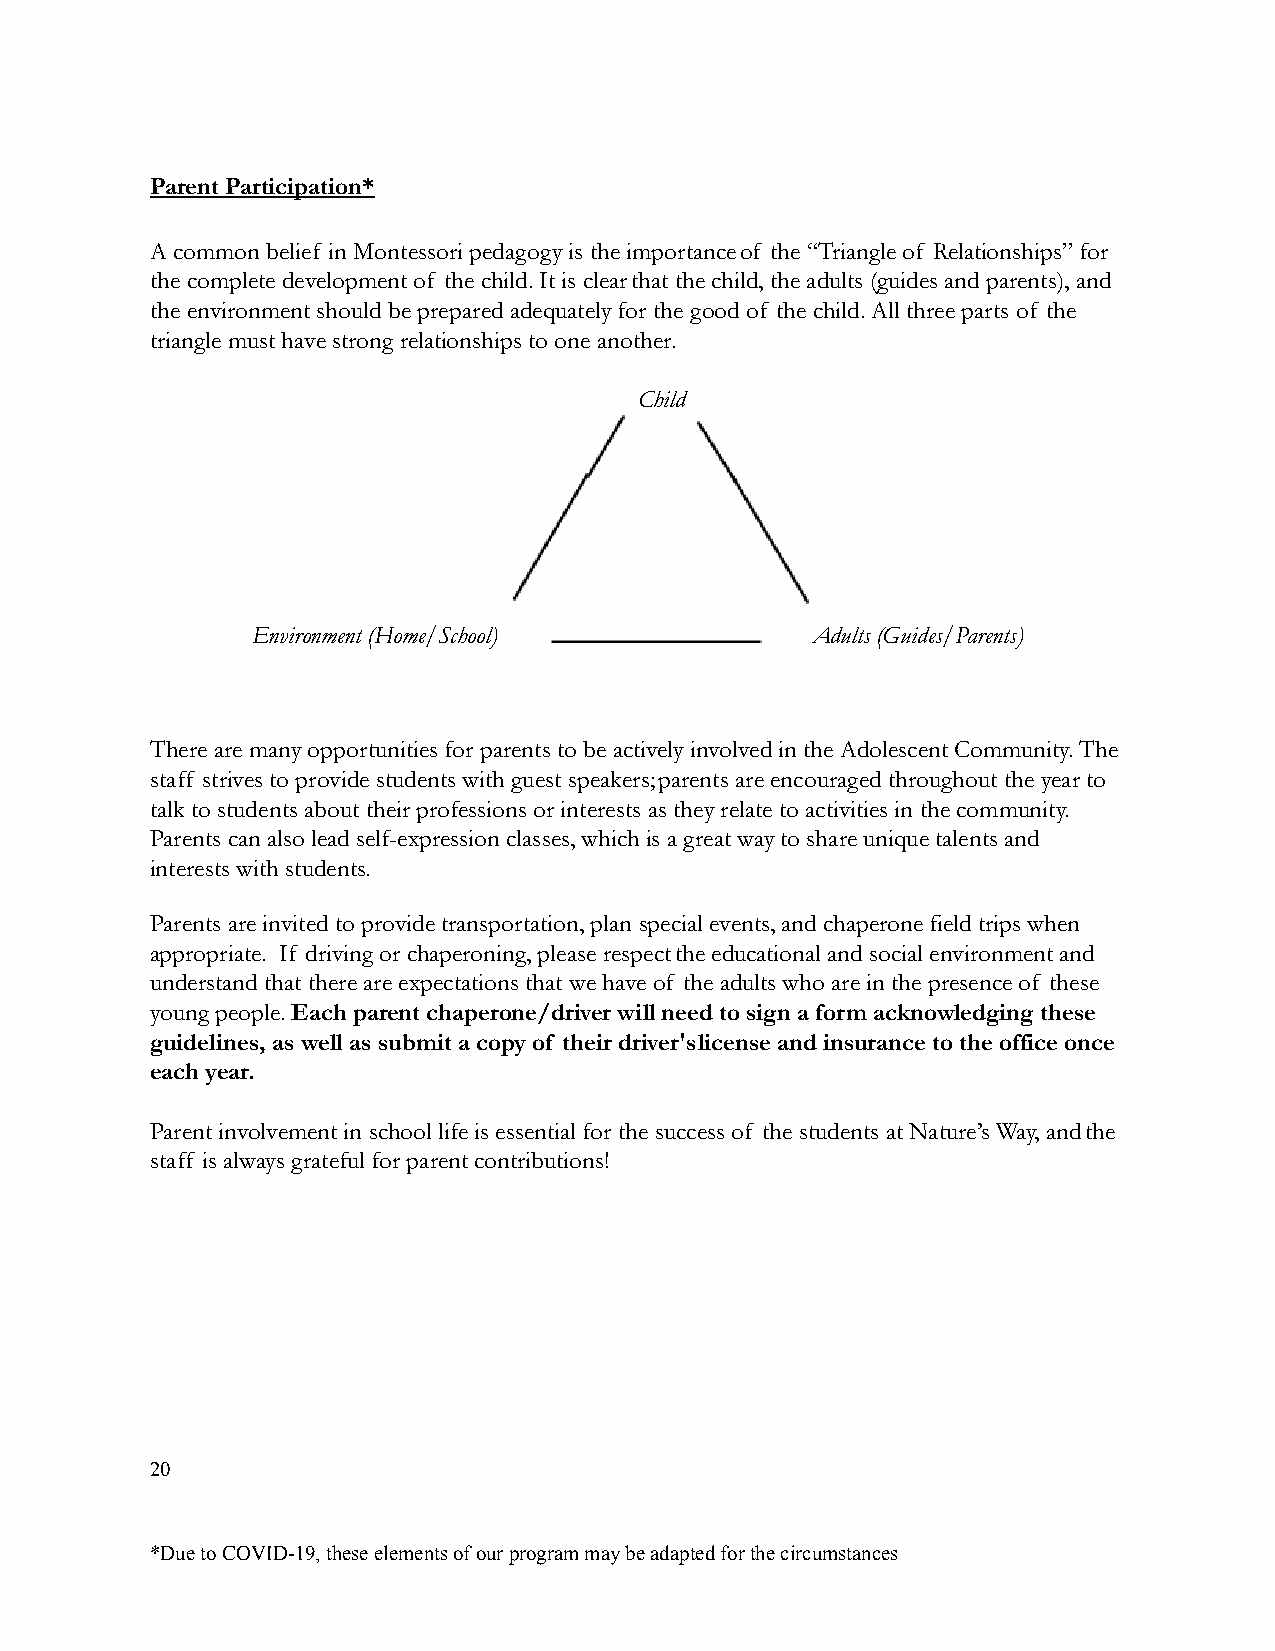
Parent Participation*
 A common belief in Montessori pedagogy is the importanceof the “Triangle of Relationships” for
 the complete development of the child. It is clearthat the child, the adults (guides and parents),and
 the environment should be prepared adequately forthe good of the child. All three parts of the
 triangle must have strong relationships to one another.
 Child
 Environment (Home/School)            Adults (Guides/Parents)
 There are many opportunities for parents to be activelyinvolved in the Adolescent Community. The
 staff strives to provide students with guest speakers;parents are encouraged throughout the year to
 talk to students about their professions or interestsas they relate to activities in the community.
 Parents can also lead self-expression classes, which is a great way to share unique talents and
 interests with students.
 Parents are invited to provide transportation, planspecial events, and chaperone field trips when
 appropriate. If driving or chaperoning, please respectthe educational and social environment and
 understand that there are expectations that we haveof the adults who are in the presence of these
 young people.Each parent chaperone/driver will needto sign a form acknowledging these
 guidelines, as well as submit a copy of their driver'slicense and insurance to the office once
 each year.
 Parent involvement in school life is essential forthe success of the students at Nature’s Way, andthe
 staff is always grateful for parent contributions!
 20
 *Due to COVID-19, these elements of our program maybe adapted for the circumstances